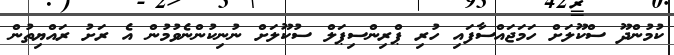
ކުމުންދޫ ސްކޫލަށް ހަމަޖައްސާފައި ހުރި ޕްރިންސިޕަލް ސުކޫލަށް ނުނިކުންނެވުމުން އެ ރަށު ރައްޔިތުން